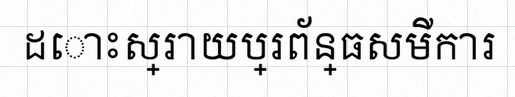
ដោះស្រាយប្រព័ន្ធសមីការ